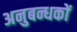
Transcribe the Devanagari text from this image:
अनुबन्धकों